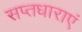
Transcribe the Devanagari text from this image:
सप्तधाराएं